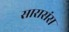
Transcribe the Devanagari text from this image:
सारासंस